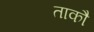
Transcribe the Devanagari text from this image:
ताकौ